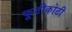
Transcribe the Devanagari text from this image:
फूटीकोठी